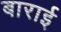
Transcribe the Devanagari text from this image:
बाराई